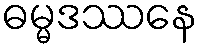
ဓမ္မဒဿနေ